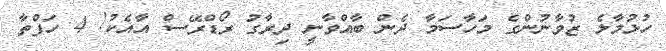
ހުޅުމާލެ ޒުވާނުންގެ މަހާސަމާ ދެން ބާއްވާނީ ދިރާގު ރޯޑްރޭސް އާއެކު! 4 ހަފްތާ